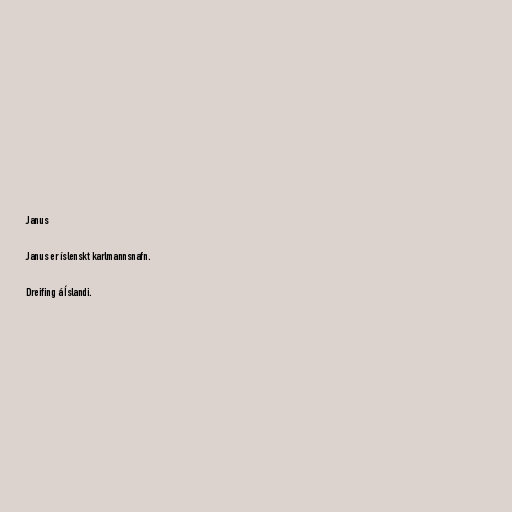
Janus

Janus er íslenskt karlmannsnafn.

Dreifing á Íslandi.